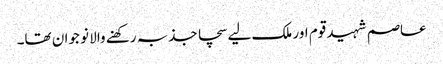
عاصم شہید قوم اور ملک لیے سچا جذبہ رکھنے والا نو جوان تھا۔